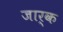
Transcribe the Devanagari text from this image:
जार्क